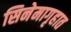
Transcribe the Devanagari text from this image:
सिनेमागृहात